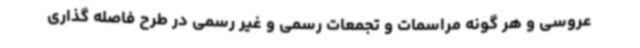
عروسی و هر گونه مراسمات و تجمعات رسمی و غیر رسمی در طرح فاصله گذاری